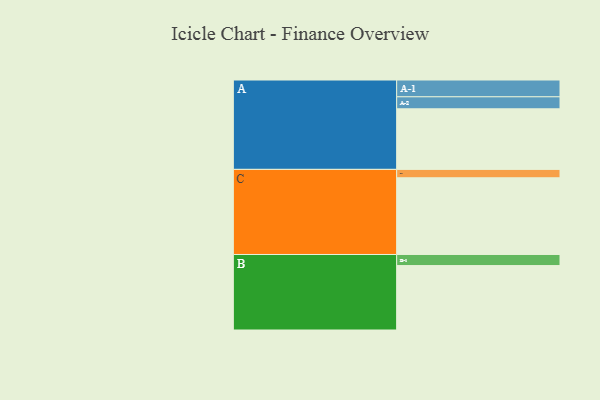
{"axis": {"x": "Segment", "y": "Value"}, "legend": ["", "A", "B", "C"], "data": [{"x": "A", "y": 454, "type": ""}, {"x": "B", "y": 483, "type": ""}, {"x": "C", "y": 575, "type": ""}, {"x": "A-1", "y": 126, "type": "A"}, {"x": "A-2", "y": 90, "type": "A"}, {"x": "B-1", "y": 83, "type": "B"}, {"x": "C-1", "y": 63, "type": "C"}]}